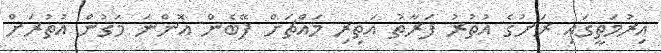
އިރުމަތީގައި ރަށުގެ އުތުރު ފަރާތު އަތިރި މައްޗަށް ފޭބެން އޮންނަ މަގުން އުތުރަށް